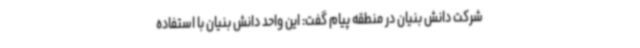
شرکت دانش بنیان در منطقه پیام گفت: این واحد دانش بنیان با استفاده